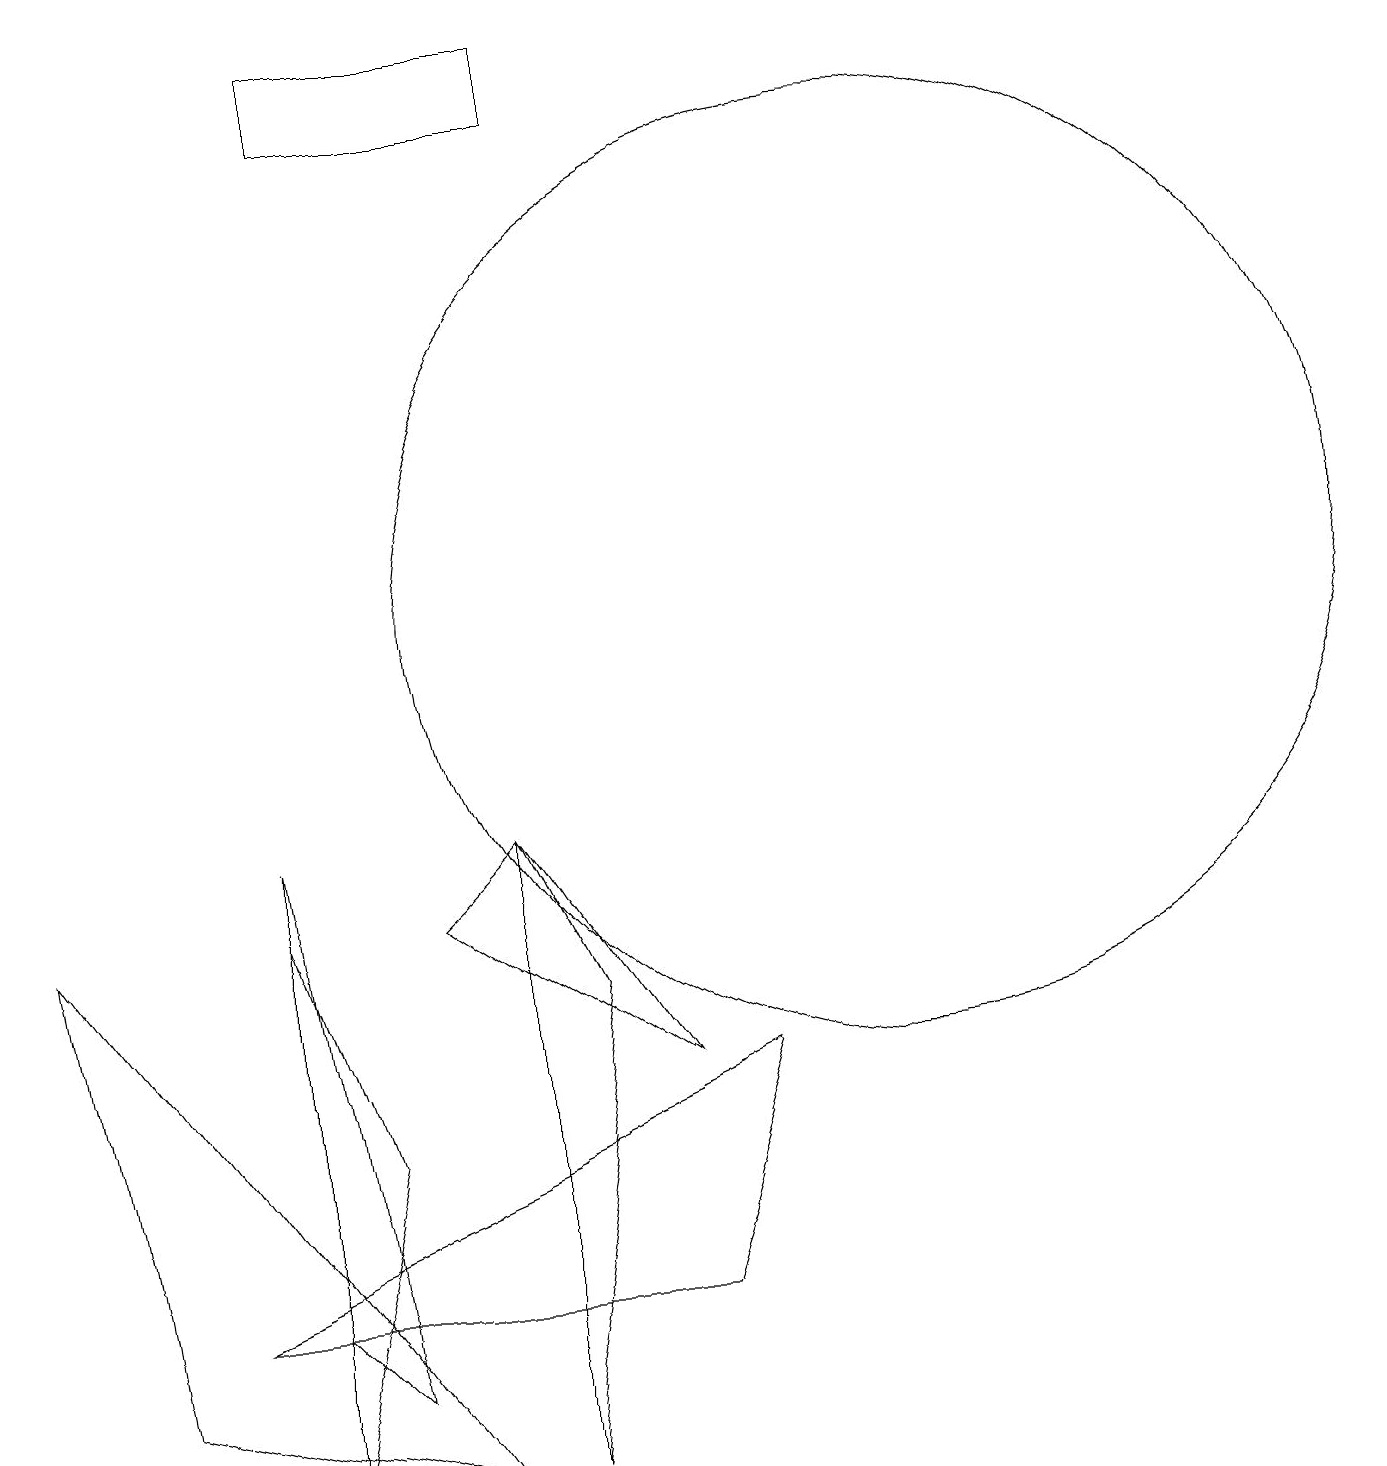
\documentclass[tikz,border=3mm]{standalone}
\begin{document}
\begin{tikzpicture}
\draw (8,6) -- (5,8) -- (6,9) -- cycle;
\draw (11,12) circle (6);
\draw (8,3) -- (2,3) -- (9,6) -- cycle;
\draw (6,9) -- (6,1) -- (7,7) -- cycle;
\draw (1,2) -- (0,8) -- (5,1) -- cycle;
\draw (3,1) -- (4,5) -- (3,8) -- cycle;
\draw (3,3) -- (3,9) -- (4,2) -- cycle;
\draw (7,18) rectangle (4,19);
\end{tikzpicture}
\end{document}